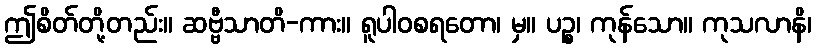
ဤစိတ်တို့တည်း။ ဆဗ္ဗီသာတိ-ကား။ ရူပါဝစရတော၊ မှ။ ပဉ္စ၊ ကုန်သော။ ကုသလာနိ၊